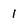
Character: 1